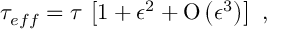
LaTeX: \tau _ { e f f } = \tau \, \left[ 1 + \epsilon ^ { 2 } + \mathrm { O } \left( \epsilon ^ { 3 } \right) \right] ~ ,